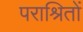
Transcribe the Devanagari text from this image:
पराश्रितों